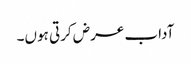
آداب عرض کرتی ہوں۔